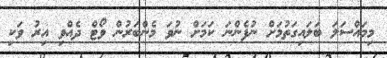
މިމައްސަލަ ބަލައިގަތުމަށް ނުފެންނަ ކަމަށް ނުވަ މެންބަރުން ވޯޓް ދެއްވި އިރު ވަކި